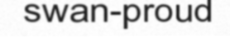
swan-proud